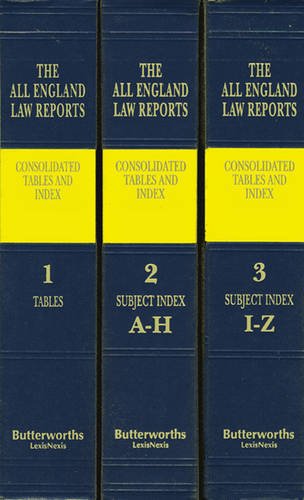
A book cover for All England Law Reports: Consolidated Tables and Index 1936-2014; Law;